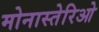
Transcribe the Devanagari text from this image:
मोनास्तेरिओ